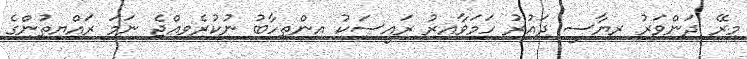
މިރޭ ދަންވަރު ރިޔާސީ ދައުރު ހަމަވާއިރު ރައީސަކު އިންތިހާބު ނުކުރެވިއްޖެ ނަމަ ރައްޔިތުންގެ